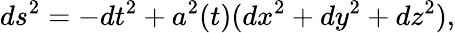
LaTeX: ds^{2}=-dt^{2}+a^{2}(t)(dx^{2}+dy^{2}+dz^{2}),